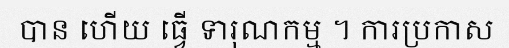
បាន ហើយ ធ្វើ ទារុណកម្ម ។ ការប្រកាស